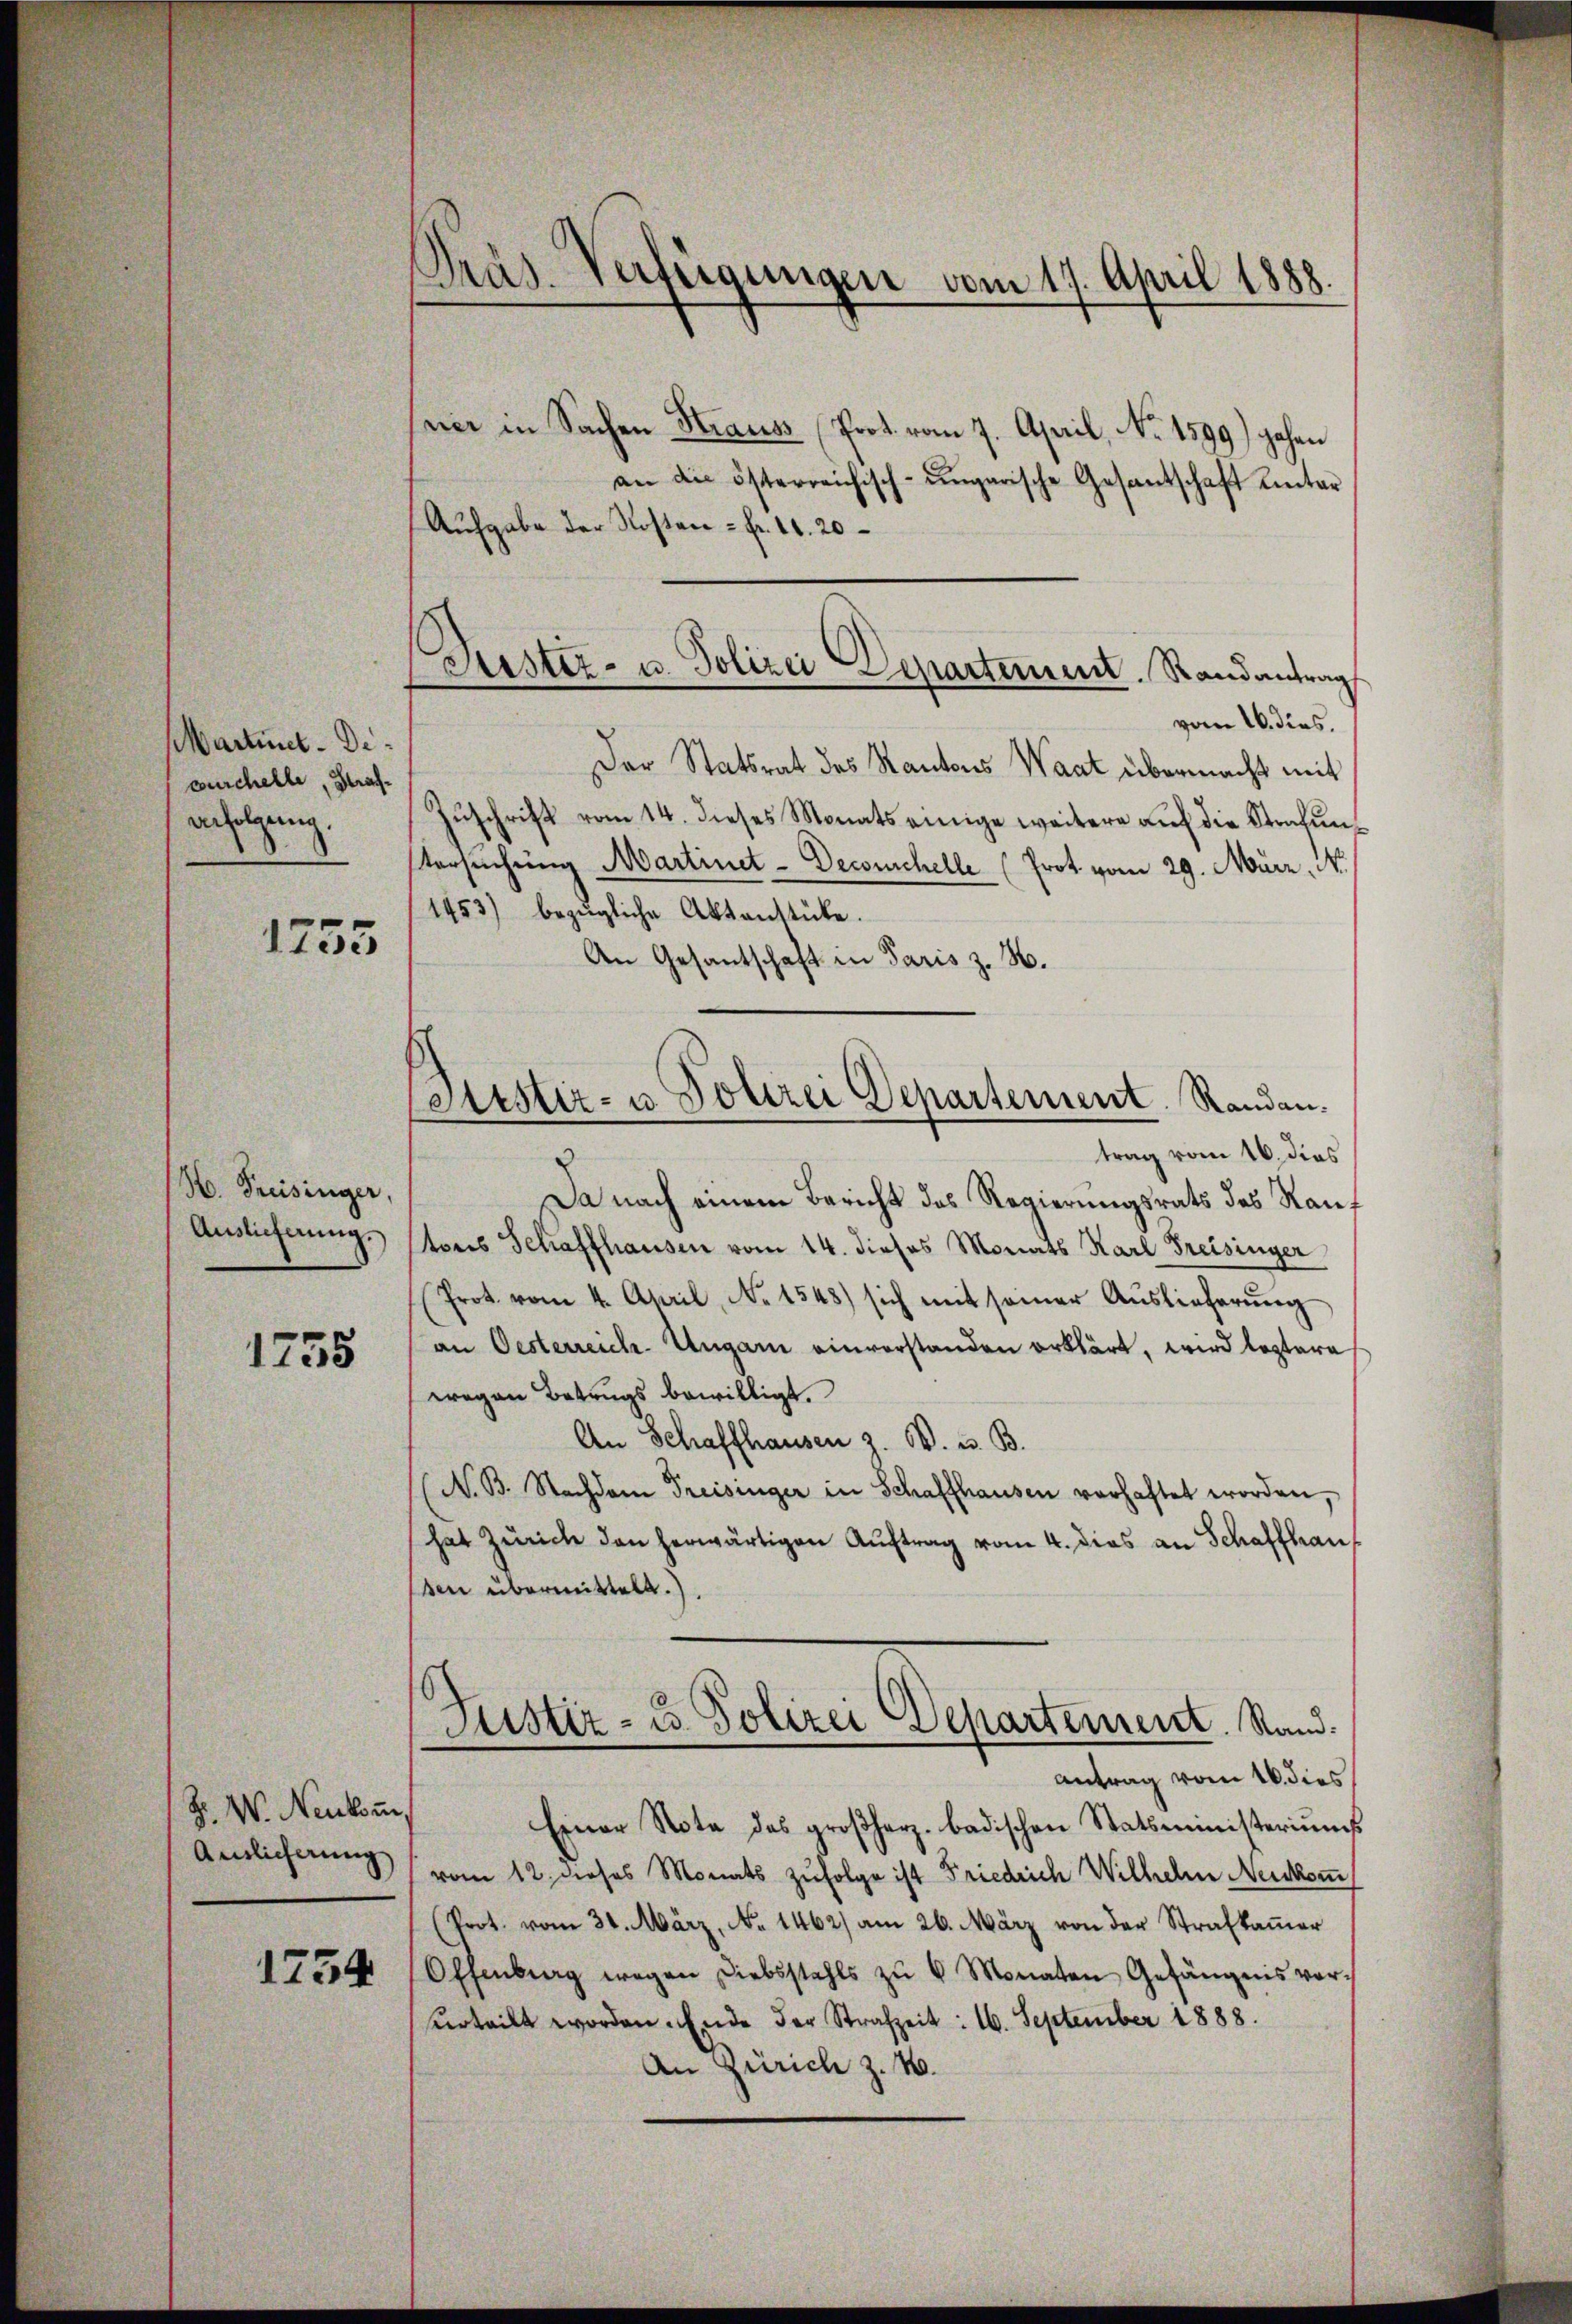
Martint. Deburchelle, Strafanfolgung.

1755

H. Freisinger,
Auslicherŭng.

1755

Z. W. Neukom
Auslieferung

1754

Präs. Verfügungen vom 17. April 1888.

ner in Sachen Strauss (Prot. vom 7. April, No. 1599) gehen
an die österreichisch-ungarische Gesantschaft hinter
Aufgabe der Kosten - Fr. 11. 20
vom 16. dies.
Der Statsrat des Kantons Waat übermacht mit
Zŭschrift vom 14. dieses Monats einige weitere aŭf die Strafŭn-
tersuchung Martinet-Decouchelle (Prot. vom 29. März, N.
1453) bezügliche Aktenstücke.
An Gesantschaft in Paris z. H.
trag vom 16. dies
Da nach einem Bericht des Regierungsrats des Rauf
toris Schaffhausen vom 14. dieses Monats Karl Freisinger
Prot. vom 4. April, No 1548) sich mit seiner Auslieferung
an Oesterreich-Ungarn einverstanden erklärt, wird leztere
wegen Betrugs bewilligt.
An Schaffhausen 3 W. u. B.
N. B. Nachdem Preisinger in Schaffhausen verhaftet worden,
hat Zürich den herwärtigen Auftrag vom 4. dies an Schaffhau
ben übermittelt.)
Justiz- u. Polizei Departement. Rand.
Antrag vom 16. dies
Einer Note des großherz. badischen Statsministeriums
vom 12. dieses Monats zufolge ist Friedrich Wilhelm Neukom
(Prot. vom 31. März, No 1462) am 26. März von der Strafkammer
OEhenberg wegen Diebstahls zŭ 6 Monaten Gefängnis vor-
urteilt worden Ende der Strafzeit: 16. September 1888.
An Zürich z. 4.

Justiz- u. Polizei Departement. Randantrag

Gitster- u. Polizei Departement. Randan